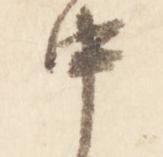
中